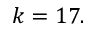
k = 1 7 .